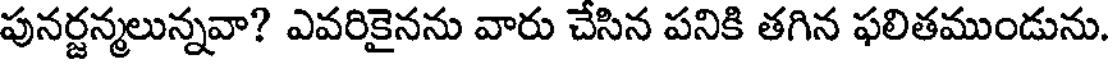
పునర్జన్మలున్నవా? ఎవరికైనను వారు చేసిన పనికి తగిన ఫలితముండును.